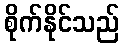
စိုက်နိုင်သည်